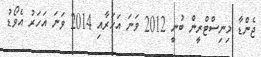
ޖެންޑާ މިނިސްޓްރީން ބުނީ 2012 ވަނަ އަހަރާއި 2014 ވަނަ އަހަރު އެވޯޑު